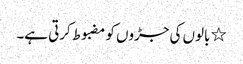
٭ بالوں کی جڑوں کو مضبوط کرتی ہے۔